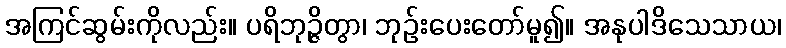
အကြင်ဆွမ်းကိုလည်း။ ပရိဘုဉ္ဇိတွာ၊ ဘုဉ်းပေးတော်မူ၍။ အနုပါဒိသေသာယ၊